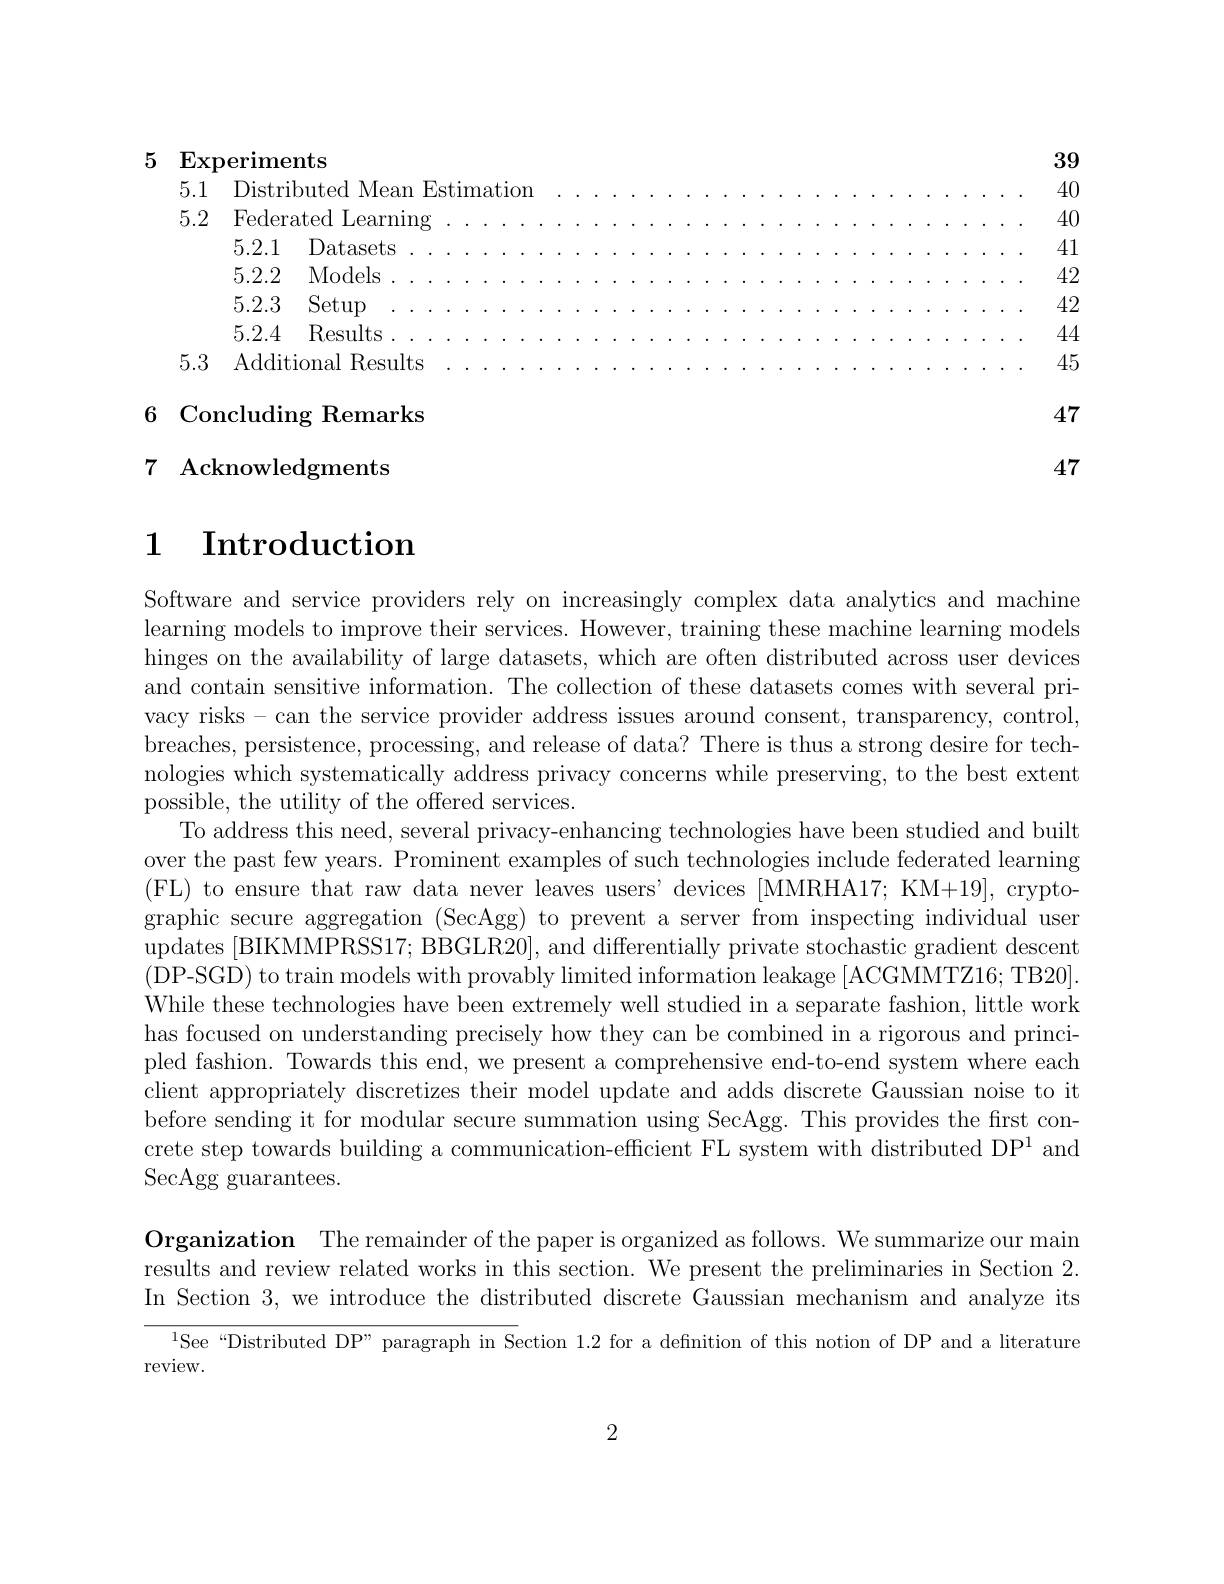
39

## 5 Experiments

5.1 Distributed Mean Estimation
4040
5.2 Federated Learning
4142
4244
5.3 Additional Results
45

47

### 6 Concluding Remarks 7 Acknowledgments

47

## $\textbf{1}$ $\textbf{Introduction}$

Software and service provide learning models to improve t hinges on the availability o and contain sensitive inform vacy risks- can the service breaches, persistence, proce nologies which systematicall possible, the utility of the offered services.
To address this need, several privacy-enhancing technologies have been studied and built over the past few years. Pro (FL) to ensure that raw data never leaves users' devices [MMRHA17; KM+19], cryptographic secure aggregation (SecAgg) to prevent a server from inspecting individual user updates [BIKMMPRSS17; BBGLR2 (DP-SGD) to train models with provably limited information leakage [ACGMMTZ16; TB20]. While these technologies hav has focused on understanding precisely how they can be combined in a rigorous and principled fashion. Towards this end, we present a comprehensive end-to-end system where each client appropriately discretizes their model update and adds discrete Gaussian noise to it before sending it for modular secure summation using SecAgg. This provides the first concrete step towards building a communication-efficient FL system with distributed DP$^1$ and $\operatorname{SecAgg}$ guarantees.

$\textbf{Organization}$ The remainder of the paper is organized as follows. We summarize our main results and review related works in this section. We present the preliminaries in Section 2. In Section 3, we introduce the distributed discrete Gaussian mechanism and analyze its

$^{1}$See“Distributed DP” paragraph in Section 1.2 for a defnition of this notion of DP and a literature

review.

2